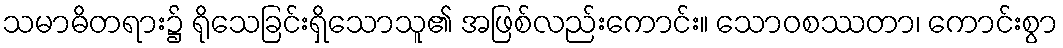
သမာဓိတရား၌ ရိုသေခြင်းရှိသောသူ၏ အဖြစ်လည်းကောင်း။ သောဝစဿတာ၊ ကောင်းစွာ